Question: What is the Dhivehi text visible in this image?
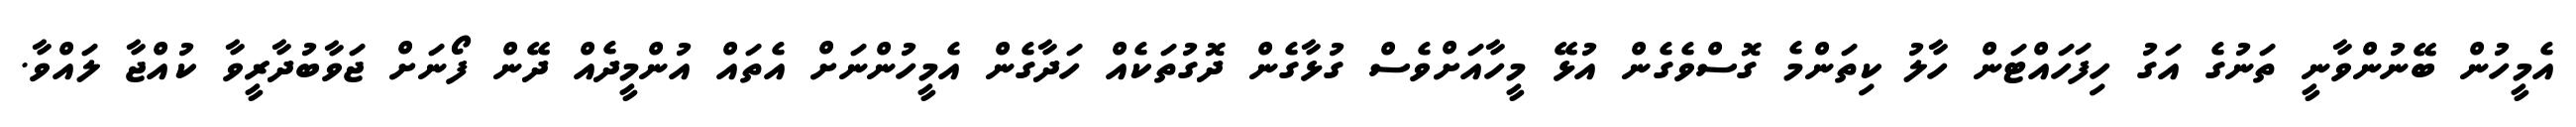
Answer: އެމީހުން ބޭނުންވާނީ ތަނުގެ އަގު ހިފަހައްޓަން ހާލު ކިތަންމެ ގޮސްވެގެން އުޅޭ މީހާއަށްވެސް ގުޅާގެން ދޮގުތަކެއް ހަދާގެން އެމީހުންނަށް އެތައް އުންމީދެއް ދޭން ފޯނަށް ޖަވާބުދާރީވާ ކުއްޖާ ލައްވާ.